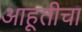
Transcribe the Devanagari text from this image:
आहूतीचा